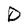
Character: D